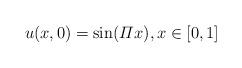
LaTeX: \begin{align*}u(x,0)= \sin(\varPi x), x\in[0,1]\end{align*}